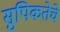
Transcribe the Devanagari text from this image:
सुपिकतेचे